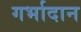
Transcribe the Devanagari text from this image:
गर्भादान